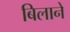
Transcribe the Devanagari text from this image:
बिलाने